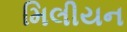
મિલીયન